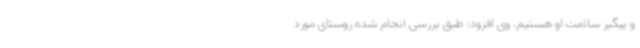
و پیگیر سلامت او هستیم. وی افزود: طبق بررسی انجام شده روستای مورد